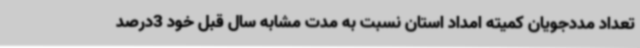
تعداد مددجویان کمیته امداد استان نسبت به مدت مشابه سال قبل خود 3درصد